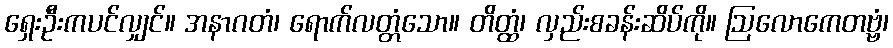
ရှေးဦးကပင်လျှင်။ အနာဂတံ၊ ရောက်လတ္တံသော။ တိတ္ထံ၊ လှည်းစခန်းဆိပ်ကို။ ဩလောကေတဗ္ဗံ၊